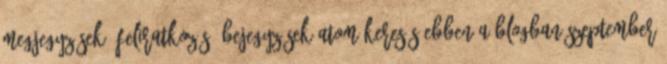
megjegyzések: Feliratkozás: Bejegyzések Atom Keresés ebben a blogban szeptember